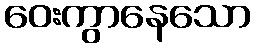
ဝေးကွာနေသော